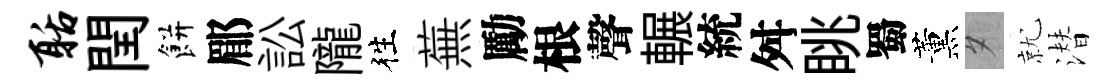
聒閏餅郿訟隴徃蕪勵根聲輾統舛眺蜀薰夕就潜